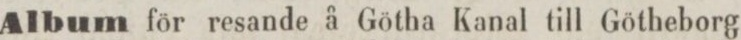
Album för resande å Götha Kanal till Götheborg